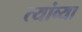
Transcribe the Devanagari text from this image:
त्यांव्या